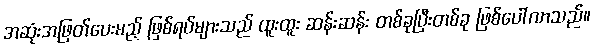
အဆုံးအဖြတ်ပေးမည့် ဖြစ်ရပ်များသည် ထူးထူး ဆန်းဆန်း တစ်ခုပြီးတစ်ခု ဖြစ်ပေါ်လာသည်။